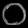
Digit: ၀